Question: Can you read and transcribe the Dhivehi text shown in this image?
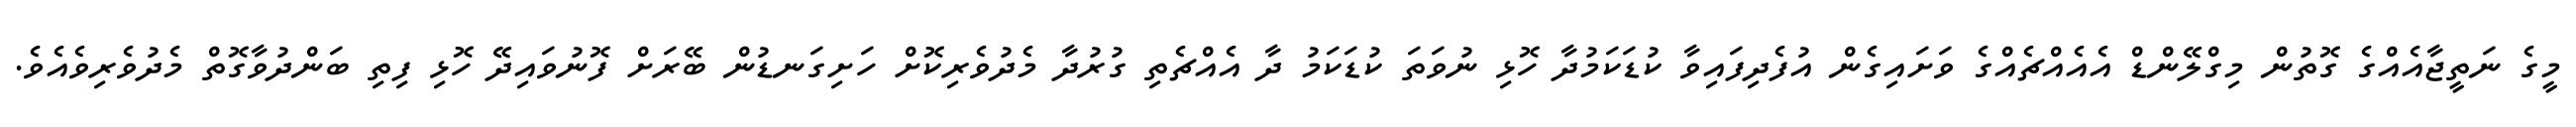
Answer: މީގެ ނަތީޖާއެއްގެ ގޮތުން މިގްލޭންޑް އެއެއްޗެއްގެ ވަށައިގެން އުފެދިފައިވާ ކުޑަކަމުދާ ހޮޅި ނުވަތަ ކުޑަކަމު ދާ އެއްޗެތި ގުރުދާ މެދުވެރިކޮށް ހަށިގަނޑުން ބޭރަށް ފޮނުވައިދޭ ހޮޅި ފިތި ބަންދުވާގޮތް މެދުވެރިވެއެވެ.